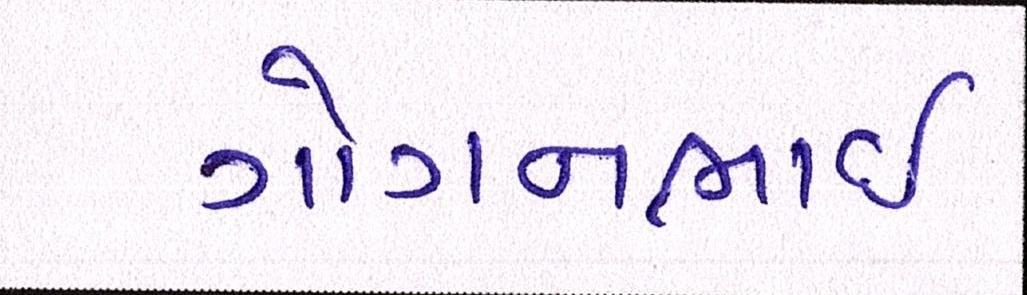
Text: ગોગનભાઇ